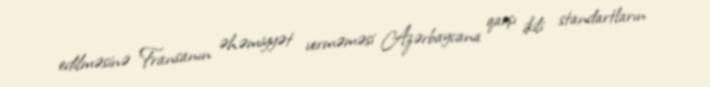
edilməsinə Fransanın əhəmiyyət verməməsi Azərbaycana qarşı ikili standartların